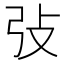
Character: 㢭